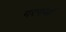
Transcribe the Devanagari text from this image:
गरगजों